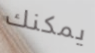
يمكنك